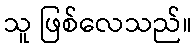
သူ ဖြစ်လေသည်။